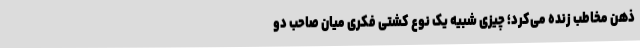
ذهن مخاطب زنده می‌کرد؛ چیزی شبیه یک نوع کُشتیِ فکری میان صاحب دو